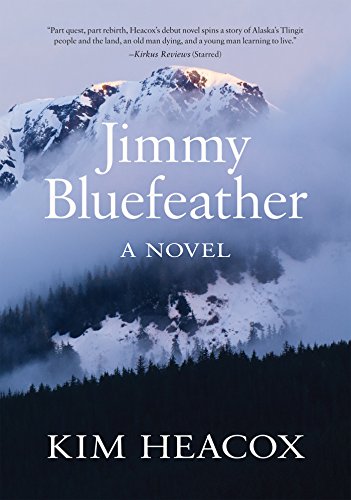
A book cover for Jimmy Bluefeather; Kim Heacox; Literature & Fiction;